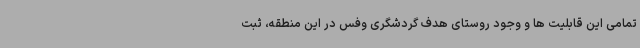
تمامی این قابلیت ها و وجود روستای هدف گردشگری وفس در این منطقه، ثبت